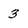
Character: 3